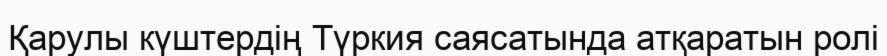
Қарулы күштердің Түркия саясатында атқаратын ролі